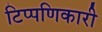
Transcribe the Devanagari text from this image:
टिप्पणिकारी